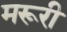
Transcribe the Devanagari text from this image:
मरूरी